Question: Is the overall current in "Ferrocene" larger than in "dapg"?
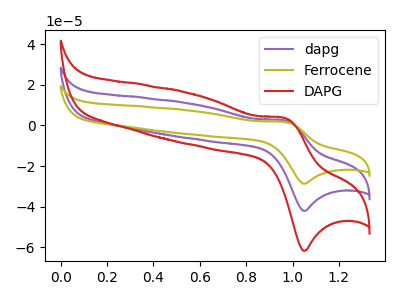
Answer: <think>The purple curve "dapg" has an anodic peak at (0.95V, 2.45uA) and a cathodic peak at (1.05V, -42.10uA). The olive curve "Ferrocene" has an anodic peak at (0.95V, 1.70uA) and a cathodic peak at (1.05V, -28.70uA). The red curve "DAPG" has an anodic peak at (0.95V, 4.95uA) and a cathodic peak at (1.05V, -84.20uA).
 All the peaks in "Ferrocene" have a peak in "dapg" at the same potential. Every peak in "Ferrocene" is lower than every peak in "dapg".</think>
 <answer>"Ferrocene" has less signal than "dapg".</answer>
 <eval>less_signal</eval>